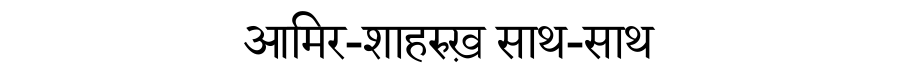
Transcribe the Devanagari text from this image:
आमिर-शाहरुख़ साथ-साथ